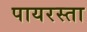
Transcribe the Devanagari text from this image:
पायरस्ता